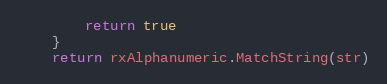
Language: Go
		return true
	}
	return rxAlphanumeric.MatchString(str)